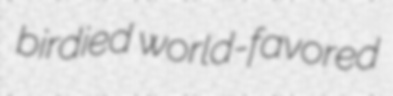
birdied world-favored